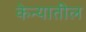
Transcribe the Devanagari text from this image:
केन्यातील